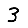
Digit: 3